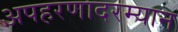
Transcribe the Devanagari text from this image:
अपहरणादरम्यान